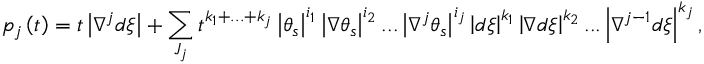
p _ { j } \left( t \right) = t \left\vert \nabla ^ { j } d \xi \right\vert + \sum _ { J _ { j } } t ^ { k _ { 1 } + . . . + k _ { j } } \left\vert \theta _ { s } \right\vert ^ { i _ { 1 } } \left\vert \nabla \theta _ { s } \right\vert ^ { i _ { 2 } } . . . \left\vert \nabla ^ { j } \theta _ { s } \right\vert ^ { i _ { j } } \left\vert d \xi \right\vert ^ { k _ { 1 } } \left\vert \nabla d \xi \right\vert ^ { k _ { 2 } } . . . \left\vert \nabla ^ { j - 1 } d \xi \right\vert ^ { k _ { j } } ,